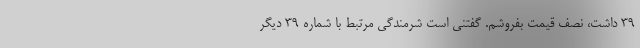
۳۹ داشت، نصف قیمت بفروشم. گفتنی است شرمندگی مرتبط با شماره ۳۹ دیگر